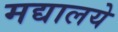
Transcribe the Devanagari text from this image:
मद्यालये